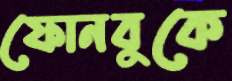
ফোনবুকে